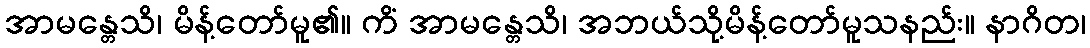
အာမန္တေသိ၊ မိန့်တော်မူ၏။ ကိံ အာမန္တေသိ၊ အဘယ်သို့မိန့်တော်မူသနည်း။ နာဂိတ၊